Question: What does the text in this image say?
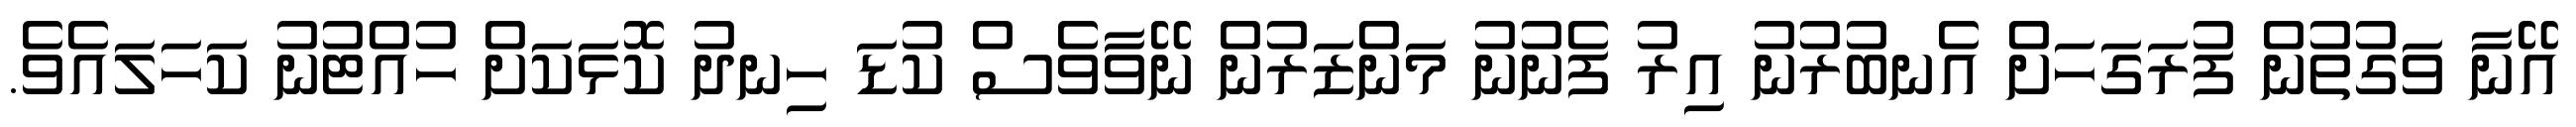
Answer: އޭނާ ވަގުތުން ފުރަގަހަށް އެނބުރުނު އިރު ފެނުނު މަންޒަރުން ނޭވާވެސް ކުޑަ ހިނދު ކޮޅަކަށް ހުއްޓުނު ކަހަލައެވެ.